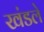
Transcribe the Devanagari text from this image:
खंडले